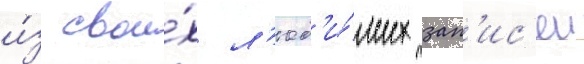
и́з свои́х л'юб'и́мых зап'ис'еи